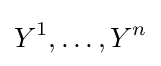
Y^{1},\ldots ,Y^{n}